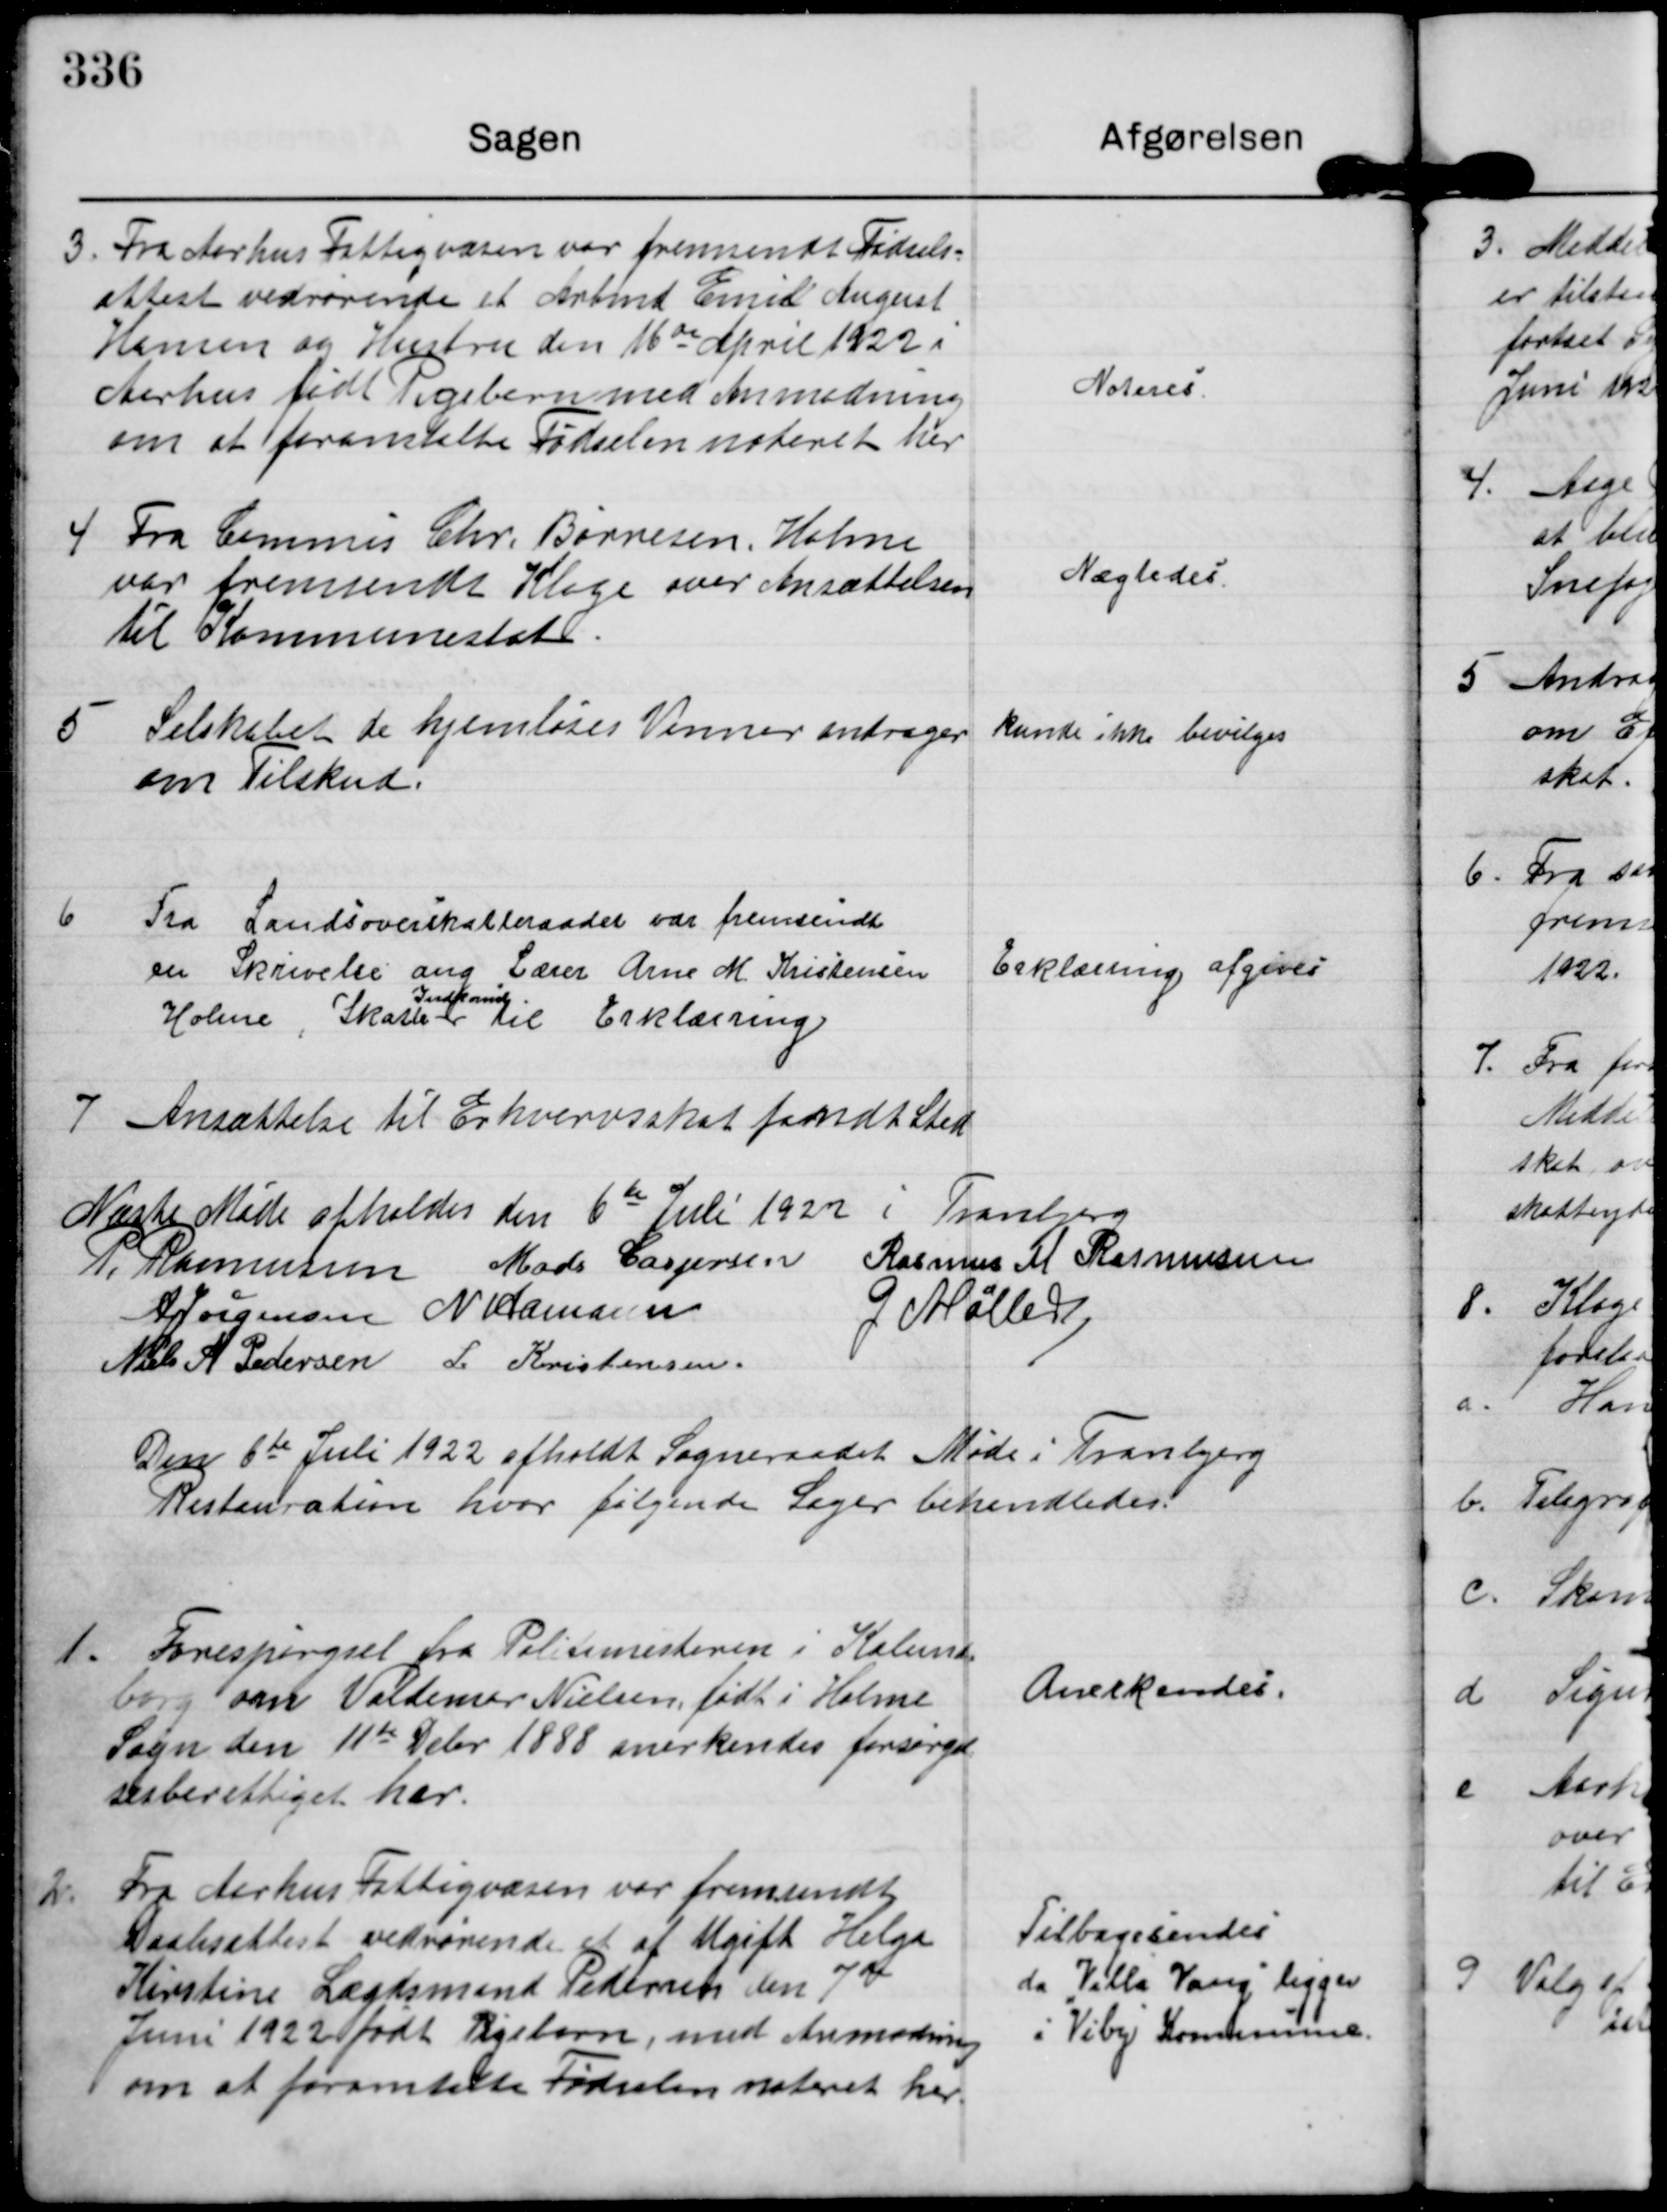
Transskription:
3. Fra Aarhus Fattigvæsen var fremsendt Fødsels-
attest vedrørende et Arbmd Emil August
Hansen og Hustru den 16de April 1922 i
Aarhus født Pigebarn med Anmodning
om at foranstalte Fødselen noteret her

Noteres.

4 Fra Commis Chr. Børresen Holme
var fremsendt Klage over Ansættelsen
til Kommuneskat.

Nægtedes.

5 Selskabet de hjemløses Venner andrager
om Tilskud

Kunde ikke bevilges

6 Fra Landsoverskatteraadet var fremsendt
en Skrivelse ang Lærer Arne M Kristensen
Holme, Skatte 
Indkomst
til Erklæring

Erklæring afgives

7 Ansættelse til Erhvervsskat fandt Sted

Næste Møde afholdes den 6te Juli 1922 i Tranbjerg

P. Rasmussen Mads Caspersen Rasmus M Rasmussen
A Jørgensen N Hamann G Møller
Niels A. Pedersen L Kristensen

Den 6te Juli 1922 afholdt Sogneraadet Møde i Tranbjerg
Restauration hvor følgende Sager behandledes.

1. Forespørgsel fra Politimesteren i Holme
Sogn om Valdemar Nielsen, født i Holme
Sogn den 11te Debr 1888 anerkendes forsørgel-
sesberettiget her.

Anerkendes.

2. Fra Aarhus Fattigvæsen var fremsendt
Daabsattest vedrørende et af Ugift Helga
Kirstine Lægdsmand Pedersen den 7de
Juni 1922 født Pigebarn med Anmodning
om at foranstalte Fødselen noteret her.

Tilbagesendes
da Villa Vang ligger
i Viby Kommune